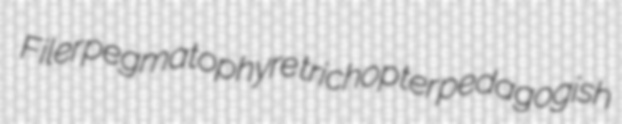
Filer pegmatophyre trichopter pedagogish